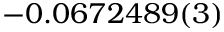
- 0 . 0 6 7 2 4 8 9 ( 3 )